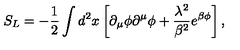
S _ { L } = - { \frac { 1 } { 2 } } \int d ^ { 2 } x \left[ \partial _ { \mu } \phi \partial ^ { \mu } \phi + { \frac { \lambda ^ { 2 } } { \beta ^ { 2 } } } e ^ { \beta \phi } \right] ,